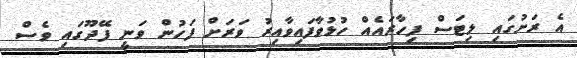
އެ ރަށުގައި ލިޓަސް ފިހާރައެއް ހުޅުވާފައިވާއިރު ވަރަށް ފަހުން ވަނީ ފޭދޫގައި ވެސް